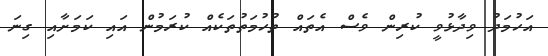
އަހުމަދު ވިދާޅުވީ ކުރިން ވެސް އެތައް ތުހުމަތުތަކެއް ކުރަމުން އައި ކަމަށާއި ގިނަ